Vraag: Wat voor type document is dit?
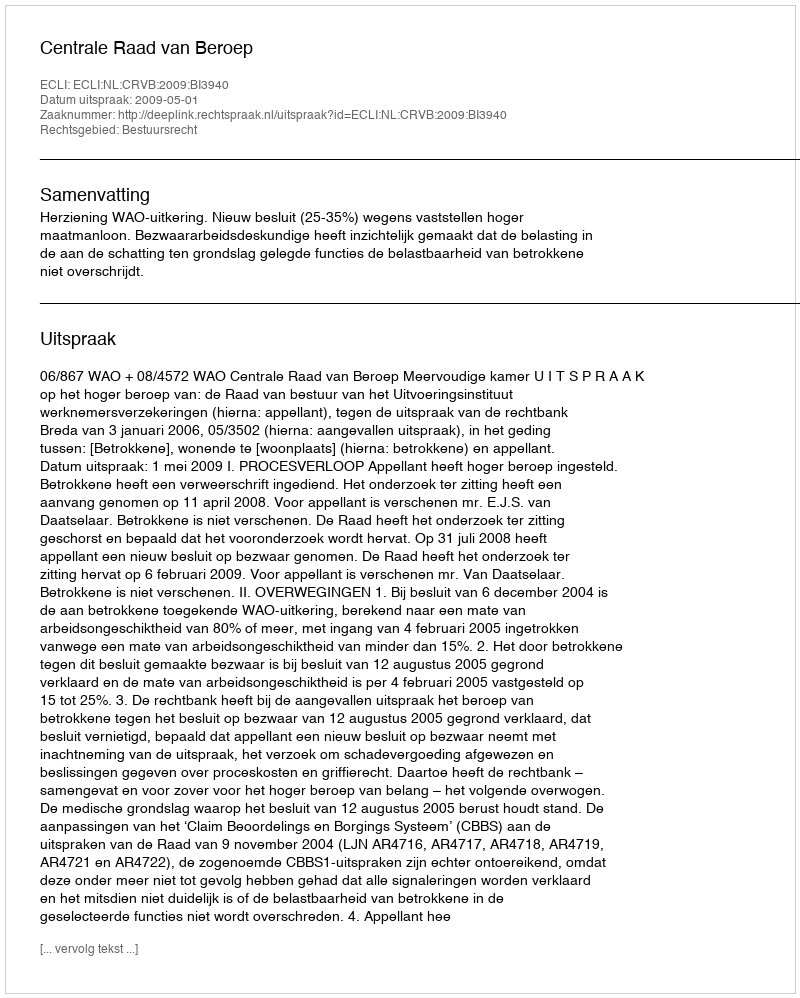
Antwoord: Uitspraak